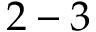
2 - 3